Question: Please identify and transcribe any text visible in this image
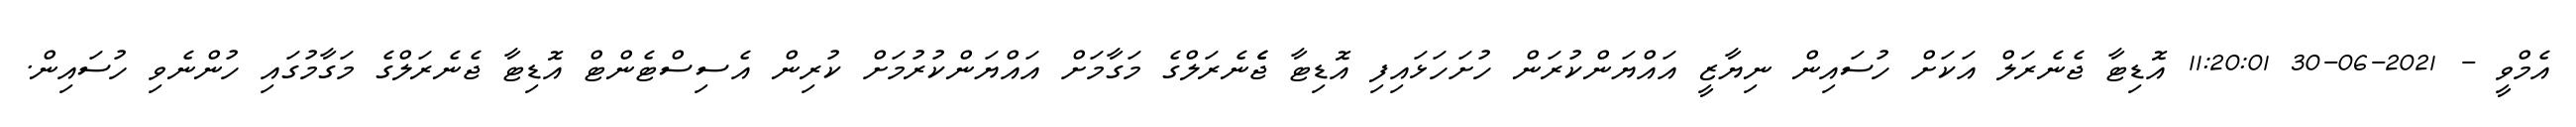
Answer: އެމްވީ - 2021-06-30 11:20:01 އޮޑިޓާ ޖެނެރަލް އަކަށް ހުސައިން ނިޔާޒީ އައްޔަންކުރަން ހުށަހަޅައިފި އޮޑިޓާ ޖެެނެރަލްގެ މަގާމަށް އައްޔަންކުރުމަށް ކުރިން އެސިސްޓެންޓް އޮޑިޓާ ޖެނެރަލްގެ މަގާމުގައި ހުންނެވި ހުސައިން.